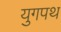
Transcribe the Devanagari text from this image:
युगपथ